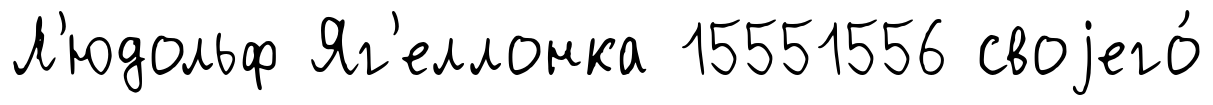
Л'юдольф Яг'еллонка 15551556 своjего́